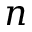
n